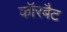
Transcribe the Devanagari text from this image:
कॉरबैट